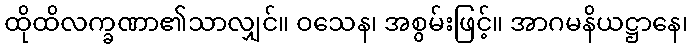
ထိုထိလက္ခဏာ၏သာလျှင်။ ဝသေန၊ အစွမ်းဖြင့်။ အာဂမနိယဋ္ဌာနေ၊